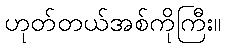
ဟုတ်တယ်အစ်ကိုကြီး။